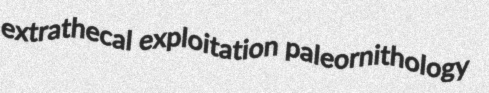
extrathecal exploitation paleornithology